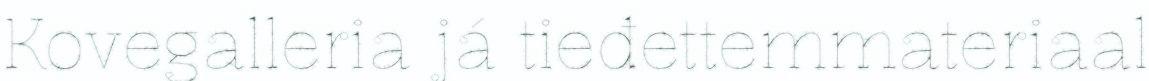
Kovegalleria já tieđettemmateriaal